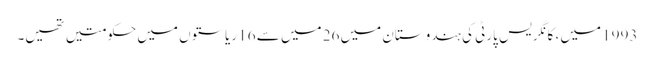
1993 میں ، کانگریس پارٹی کی ہندوستان میں 26 میں سے 16 ریاستوں میں حکومتیں تھیں۔